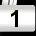
Digit: 1